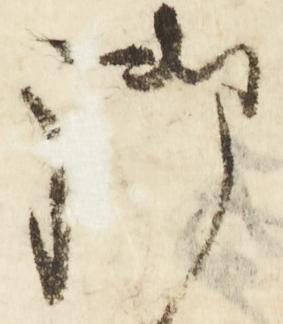
御